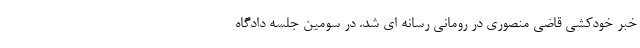
خبر خودکشی قاضی منصوری در رومانی رسانه ای شد. در سومین جلسه دادگاه